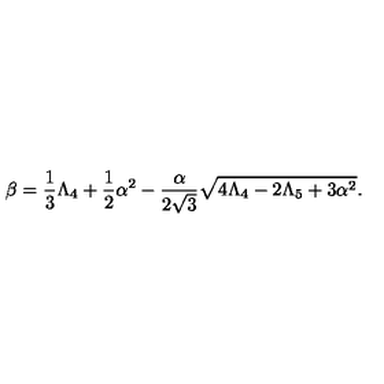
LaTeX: \beta = \frac { 1 } { 3 } \Lambda _ { 4 } + \frac { 1 } { 2 } \alpha ^ { 2 } - \frac { \alpha } { 2 \sqrt { 3 } } \sqrt { 4 \Lambda _ { 4 } - 2 \Lambda _ { 5 } + 3 \alpha ^ { 2 } } .